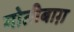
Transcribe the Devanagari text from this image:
मोतीबाग़